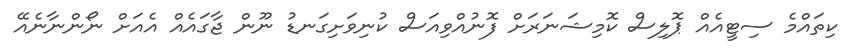
ކިތައްމެ ސިޓީއެއް ޕޮލިސް ކޮމިޝަނަރަށް ފޮނުއްވިއަސް ކުނިވަށިގަނޑު ނޫން ޖާގައެއް އެއަށް ނޯންނާނެއޭ